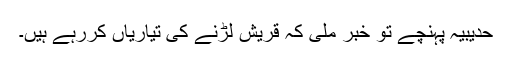
حدیبیہ پہنچے تو خبر ملی کہ قریش لڑنے کی تیاریاں کررہے ہیں۔